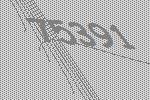
75391